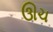
ઊચ